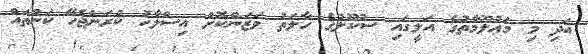
އަދި މި މަޢުލޫމާތުގެ އަލީގައި ސުކޫލުގެ ހާލަތު ވަޒަންކޮށް އިސްލާހު ކުރަންޖެހޭ ކަންތައް